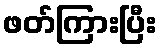
ဖတ်ကြားပြီး